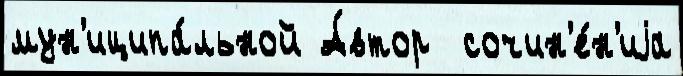
мун'иципа́льной А́втор  сочин'е́н'иjа